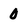
Character: 0